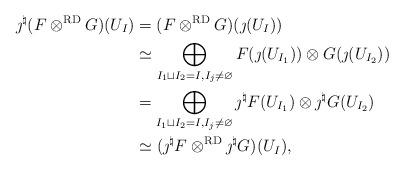
LaTeX: \begin{align*}\jmath^\natural(F\otimes^{\mathrm{RD}}G)(U_I)&=(F\otimes^{\mathrm{RD}}G)(\jmath(U_I))\\&\simeq \bigoplus_{I_1\sqcup I_2=I, I_j\neq\varnothing}F(\jmath(U_{I_1}))\otimes G(\jmath(U_{I_2}))\\&=\bigoplus_{I_1\sqcup I_2=I, I_j\neq\varnothing}\jmath^\natural F(U_{I_1})\otimes \jmath^\natural G(U_{I_2})\\&\simeq (\jmath^\natural F\otimes^\mathrm{RD}\jmath^\natural G)(U_I), \end{align*}